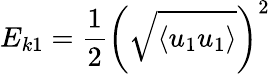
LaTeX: E_{k1}=\frac{1}{2}\left(\sqrt{\left\langle u_{1}u_{1}\right\rangle}\right)^{2}